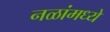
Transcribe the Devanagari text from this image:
नळांमध्ये